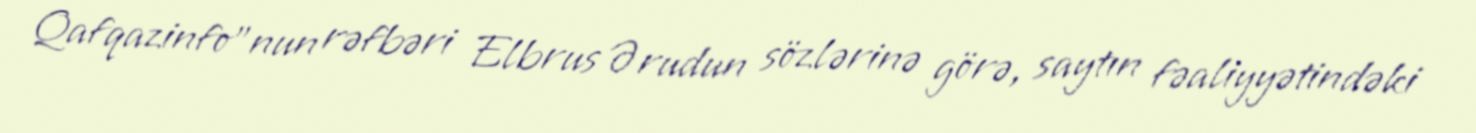
Qafqazinfo"nun rəfbəri Elbrus Ərudun sözlərinə görə, saytın fəaliyyətindəki